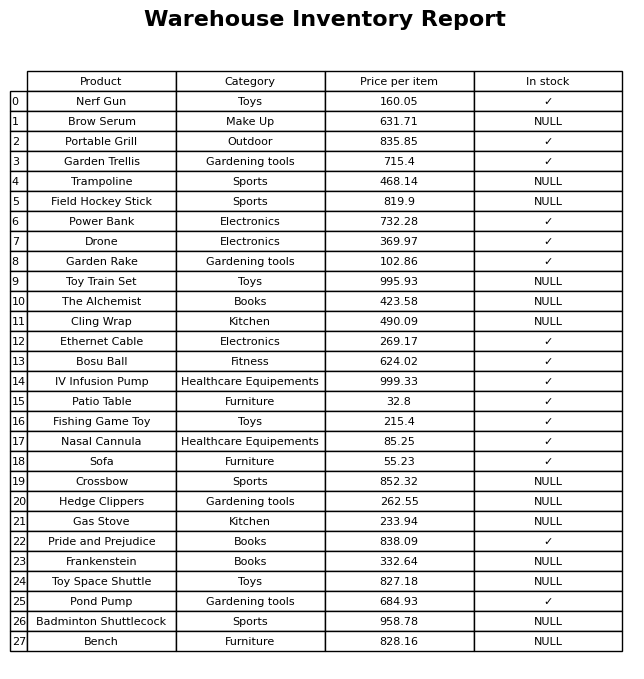
question: What is the price for Garden Trellis?
answer: The price of Garden Trellis is 715.4.